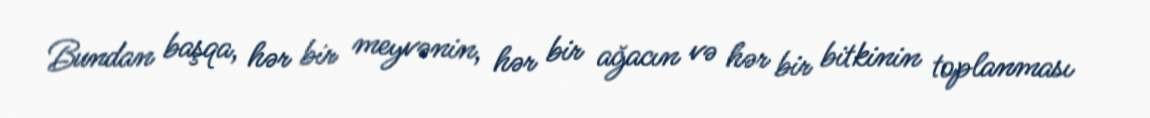
Bundan başqa, hər bir meyvənin, hər bir ağacın və hər bir bitkinin toplanması